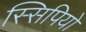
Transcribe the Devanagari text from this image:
स्सिपियो